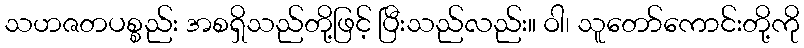
သဟဇတပစ္စည်း အစရှိသည်တို့ဖြင့် ပြီးသည်လည်း။ ဝါ၊ သူတော်ကောင်းတို့ကို